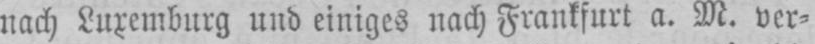
nach Luxemburg und einiges nach Frankfurt a. M. ver⸗